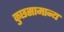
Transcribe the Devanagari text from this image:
कुछसामान्य